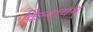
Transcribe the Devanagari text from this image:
कैिल्शयम